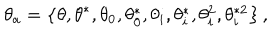
\theta _ { a } = \left\{ \theta , \theta ^ { \ast } , \theta _ { 0 } , \theta _ { 0 } ^ { \ast } , \theta _ { i } , \theta _ { i } ^ { \ast } , \theta _ { i } ^ { 2 } , \theta _ { i } ^ { \ast 2 } \right\} ,